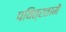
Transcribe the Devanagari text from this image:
पवित्रतामें